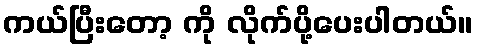
ကယ်ပြီးတော့ ကို လိုက်ပို့ပေးပါတယ်။